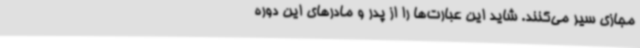
مجازی سیر می‌کنند. شاید این عبارت‌ها را از پدر و مادرهای این دوره